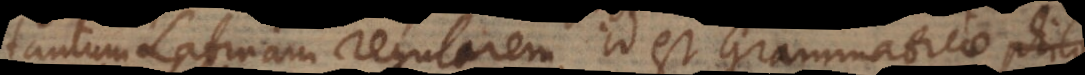
tantum Latinam regularem, id est Grammaticae philo